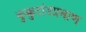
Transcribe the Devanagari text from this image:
कुक्कुटांडप्रमाण